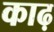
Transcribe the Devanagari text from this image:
काढ़